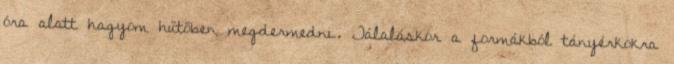
óra alatt hagyom hűtőben megdermedni. Tálaláskor a formákból tányérkokra